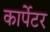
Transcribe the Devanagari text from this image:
कार्पेटर